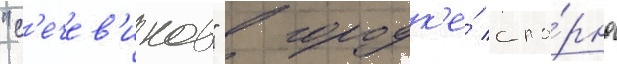
"с'ечев'иков" в городк'е́ спо́рно